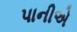
પાનીએ